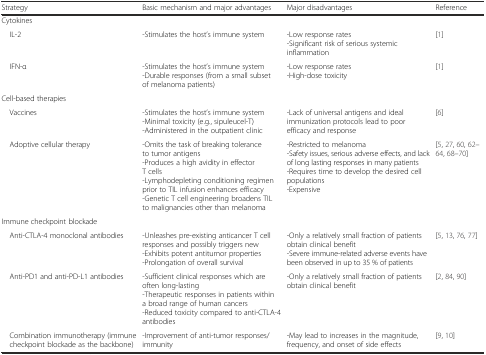
| Strategy | Basic mechanism and major advantages | Major disadvantages | Reference |
 | --- | --- | --- | --- |
 | <COLSPAN=4> Cytokines |
 | IL-2 | -Stimulates the host’s immune system | -Low response rates-Significant risk of serious systemic inflammation | [1] |
 | IFN-α | -Stimulates the host’s immune system-Durable responses (from a small subset of melanoma patients) | -Low response rates-High-dose toxicity | [1] |
 | <COLSPAN=4> Cell-based therapies |
 | Vaccines | -Stimulates the host’s immune system-Minimal toxicity (e.g., sipuleucel-T)-Administered in the outpatient clinic | -Lack of universal antigens and ideal immunization protocols lead to poor efficacy and response | [6] |
 | Adoptive cellular therapy | -Omits the task of breaking tolerance to tumor antigens-Produces a high avidity in effector T cells-Lymphodepleting conditioning regimen prior to TIL infusion enhances efficacy-Genetic T cell engineering broadens TIL to malignancies other than melanoma | -Restricted to melanoma-Safety issues, serious adverse effects, and lack of long lasting responses in many patients-Requires time to develop the desired cell populations-Expensive | [5, 27, 60, 62–64, 68–70] |
 | <COLSPAN=4> Immune checkpoint blockade |
 | Anti-CTLA-4 monoclonal antibodies | -Unleashes pre-existing anticancer T cell responses and possibly triggers new-Exhibits potent antitumor properties-Prolongation of overall survival | -Only a relatively small fraction of patients obtain clinical benefit-Severe immune-related adverse events have been observed in up to 35 % of patients | [5, 13, 76, 77] |
 | Anti-PD1 and anti-PD-L1 antibodies | -Sufficient clinical responses which are often long-lasting-Therapeutic responses in patients within a broad range of human cancers-Reduced toxicity compared to anti-CTLA-4 antibodies | -Only a relatively small fraction of patients obtain clinical benefit | [2, 84, 90] |
 | Combination immunotherapy (immune checkpoint blockade as the backbone) | -Improvement of anti-tumor responses/immunity | -May lead to increases in the magnitude, frequency, and onset of side effects | [9, 10] |